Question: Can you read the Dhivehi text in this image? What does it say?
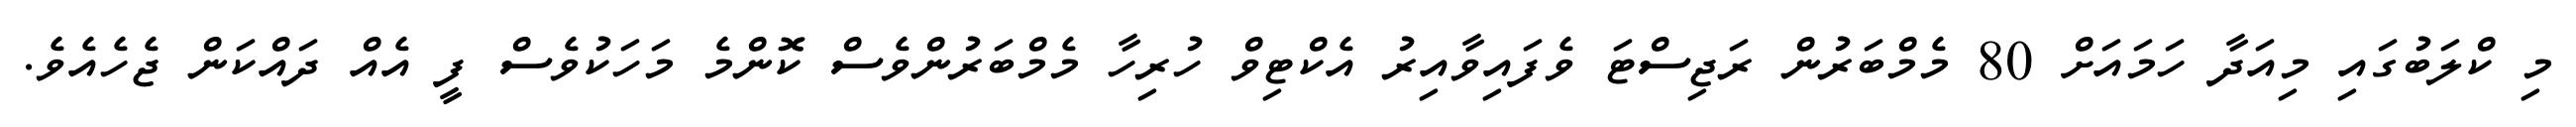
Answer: މި ކްލަބުގައި މިއަދާ ހަމައަށް 80 މެމްބަރުން ރަޖިސްޓަ ވެފައިވާއިރު އެކްޓިވް ހުރިހާ މެމްބަރުންވެސް ކޮންމެ މަހަކުވެސް ފީ އެއް ދައްކަން ޖެހެއެވެ.